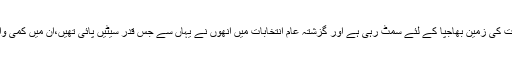
اس ریاست کی زمین بھاجپا کے لئے سمٹ رہی ہے اور گزشتہ عام انتخابات میں انھوں نے یہاں سے جس قدر سیٹیں پائی تھیں،ان میں کمی واقع ہوگی۔